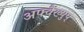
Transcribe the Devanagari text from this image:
अफ्वैंख्युप्